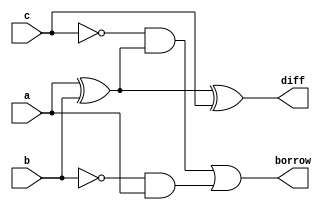
module full_sub(borrow,diff,a,b,c);
output borrow,diff;
input a,b,c;
wire w1,w2,w3,w4,w5;
xor xor1(w1,a,b);
xor xor2(diff,w1,c);
not not1(w2,c);
not not2(w3,b);
and and1(w4,w2,w1);
and and2(w5,w3,a);
or or1(borrow,w4,w5);
endmodule